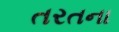
તરતના